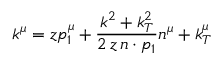
k ^ { \mu } = z p _ { 1 } ^ { \mu } + \frac { k ^ { 2 } + k _ { T } ^ { 2 } } { 2 \, z \, n \cdot p _ { 1 } } n ^ { \mu } + k _ { T } ^ { \mu }